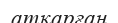
атқарған